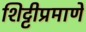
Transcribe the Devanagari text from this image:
शिट्टीप्रमाणे